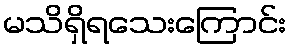
မသိရှိရသေးကြောင်း